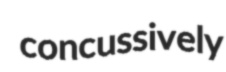
concussively